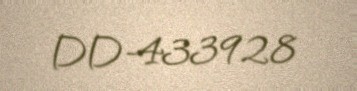
DD-433928